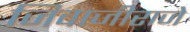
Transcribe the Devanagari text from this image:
जिवाजीराजे